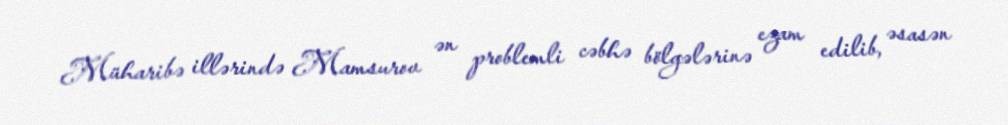
Müharibə illərində Mamsurov ən problemli cəbhə bölgələrinə ezam edilib, əsasən